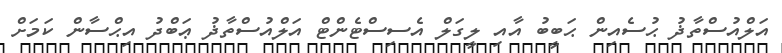
އަލްއުސްތާޛު ޙުސެއިން ޙަބީބު އާއި ލީގަލް އެސިސްޓެންޓް އަލްއުސްތާޛު ޢަބްދު އިޙްސާން ކަމަށް